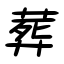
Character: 葬